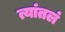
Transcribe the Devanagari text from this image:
त्यांतलं